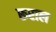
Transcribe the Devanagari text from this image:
रूराल